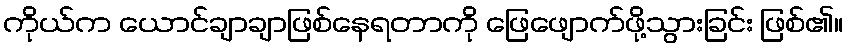
ကိုယ်က ယောင်ချာချာဖြစ်နေရတာကို ဖြေဖျောက်ဖို့သွားခြင်း ဖြစ်၏။